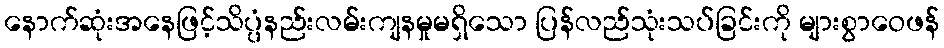
နောက်ဆုံးအနေဖြင့်သိပ္ပံနည်းလမ်းကျနမှုမရှိသော ပြန်လည်သုံးသပ်ခြင်းကို များစွာဝေဖန်